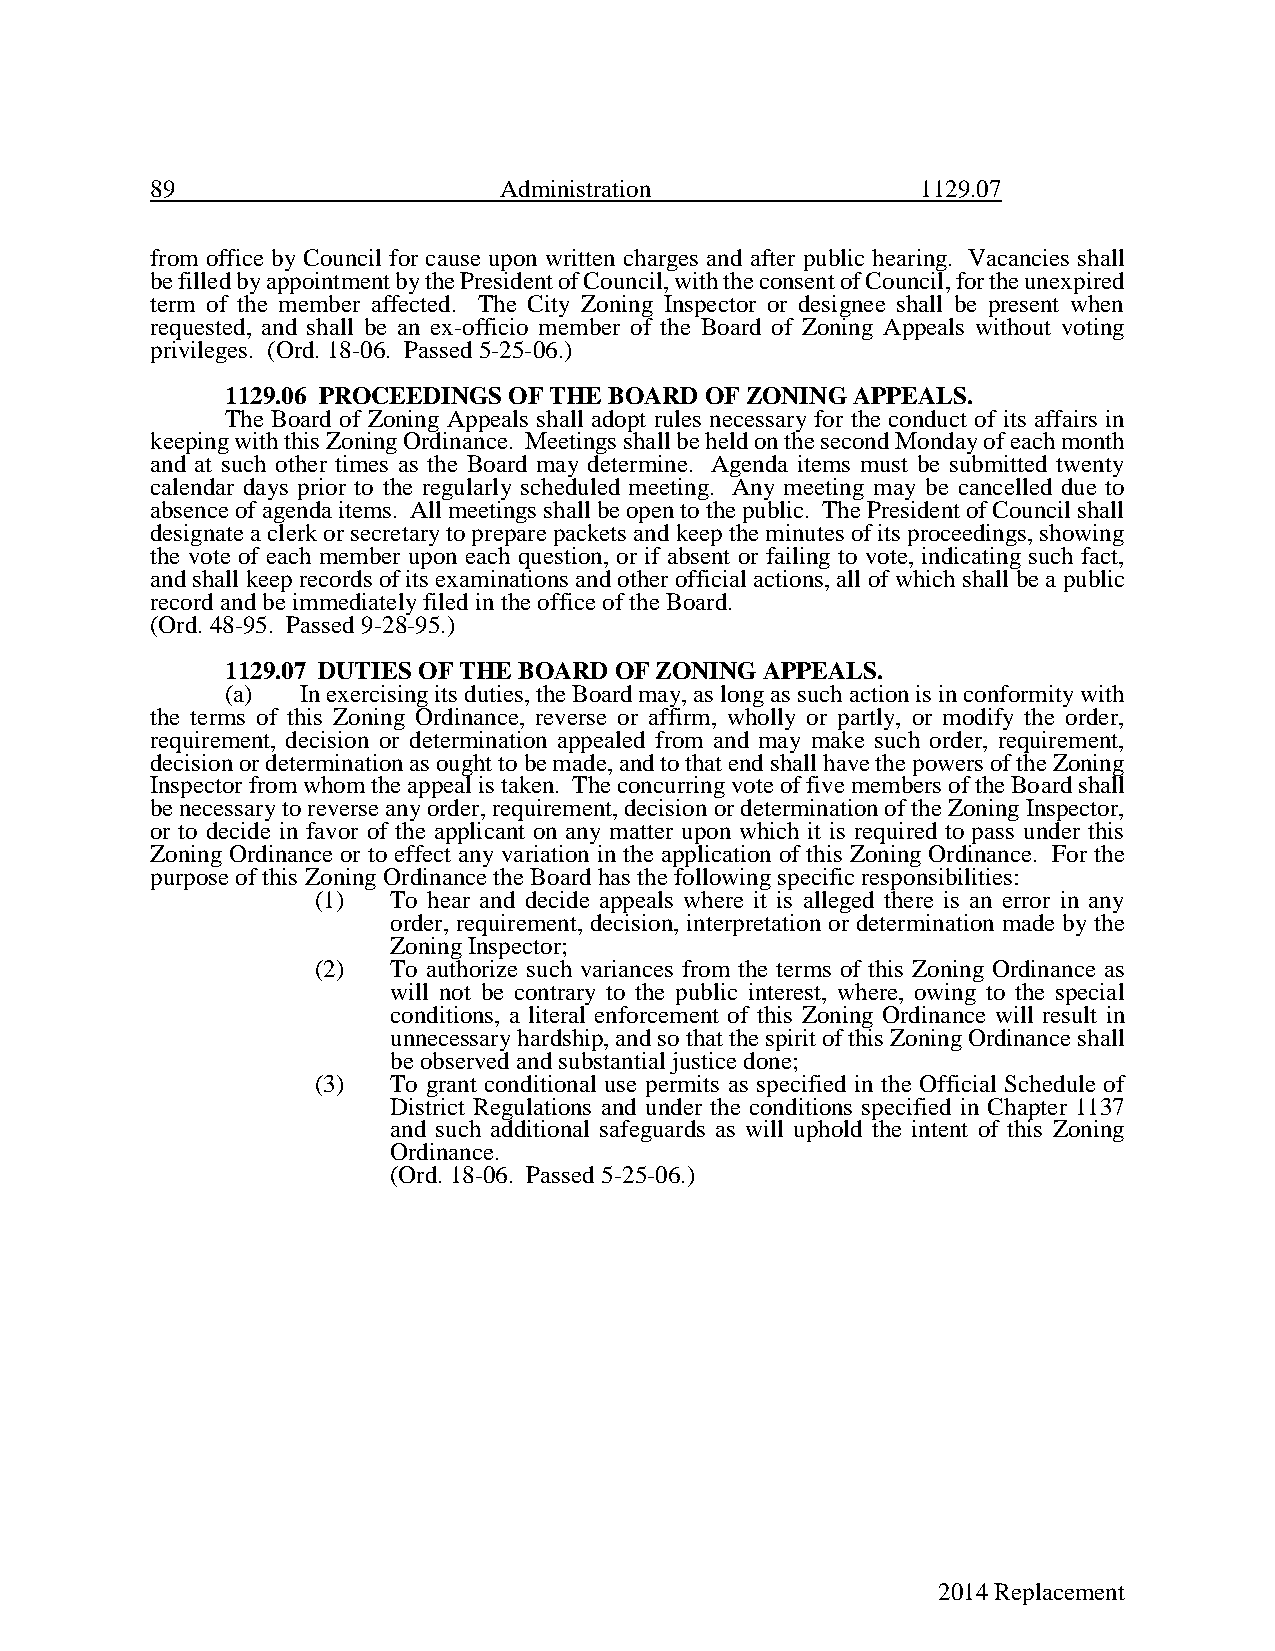
89                     Administration              1129.07
 from office by Council for cause upon written charges and after public hearing. Vacancies shall
 be filled by appointment by the President of Council, with the consent of Council, for the unexpired
 term of the member affected. The City Zoning Inspector or designee shall be present when
 requested, and shall be an ex-officio member of the Board of Zoning Appeals without voting
 privileges. (Ord. 18-06. Passed 5-25-06.)
 1129.06 PROCEEDINGS OF THE BOARD OF ZONING APPEALS.
 The Board of Zoning Appeals shall adopt rules necessary for the conduct of its affairs in
 keeping with this Zoning Ordinance. Meetings shall be held on the second Monday of each month
 and at such other times as the Board may determine. Agenda items must be submitted twenty
 calendar days prior to the regularly scheduled meeting. Any meeting may be cancelled due to
 absence of agenda items. All meetings shall be open to the public. The President of Council shall
 designate a clerk or secretary to prepare packets and keep the minutes of its proceedings, showing
 the vote of each member upon each question, or if absent or failing to vote, indicating such fact,
 and shall keep records of its examinations and other official actions, all of which shall be a public
 record and be immediately filed in the office of the Board.
 (Ord. 48-95. Passed 9-28-95.)
 1129.07 DUTIES OF THE BOARD OF ZONING APPEALS.
 (a)  In exercising its duties, the Board may, as long as such action is in conformity with
 the terms of this Zoning Ordinance, reverse or affirm, wholly or partly, or modify the order,
 requirement, decision or determination appealed from and may make such order, requirement,
 decision or determination as ought to be made, and to that end shall have the powers of the Zoning
 Inspector from whom the appeal is taken. The concurring vote of five members of the Board shall
 be necessary to reverse any order, requirement, decision or determination of the Zoning Inspector,
 or to decide in favor of the applicant on any matter upon which it is required to pass under this
 Zoning Ordinance or to effect any variation in the application of this Zoning Ordinance. For the
 purpose of this Zoning Ordinance the Board has the following specific responsibilities:
 (1)  To hear and decide appeals where it is alleged there is an error in any
 order, requirement, decision, interpretation or determination made by the
 Zoning Inspector;
 (2)  To authorize such variances from the terms of this Zoning Ordinance as
 will not be contrary to the public interest, where, owing to the special
 conditions, a literal enforcement of this Zoning Ordinance will result in
 unnecessary hardship, and so that the spirit of this Zoning Ordinance shall
 be observed and substantial justice done;
 (3)  To grant conditional use permits as specified in the Official Schedule of
 District Regulations and under the conditions specified in Chapter 1137
 and such additional safeguards as will uphold the intent of this Zoning
 Ordinance.
 (Ord. 18-06. Passed 5-25-06.)
 2014 Replacement